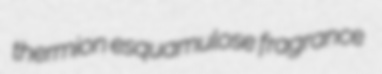
thermion esquamulose fragrance